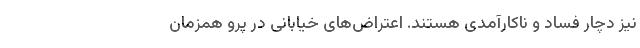
نیز دچار فساد و ناکارآمدی هستند. اعتراض‌های خیابانی در پرو همزمان